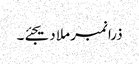
ذرا نمبر ملا دیجئے۔